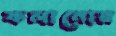
ফলানোর